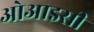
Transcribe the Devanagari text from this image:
ओआइसी